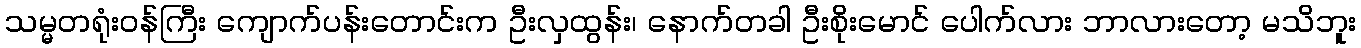
သမ္မတရုံးဝန်ကြီး ကျောက်ပန်းတောင်းက ဦးလှထွန်း၊ နောက်တခါ ဦးစိုးမောင် ပေါက်လား ဘာလားတော့ မသိဘူး